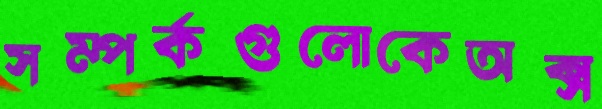
সম্পর্কগুলোকেঅক্স